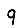
Digit: 9